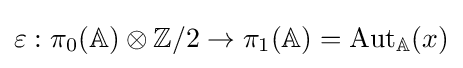
\varepsilon :\pi _{0}(\mathbb {A} )\otimes \mathbb {Z} /2\to \pi _{1}(\mathbb {A} )={\text{Aut}}_{\mathbb {A} }(x)